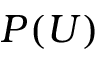
P ( U )